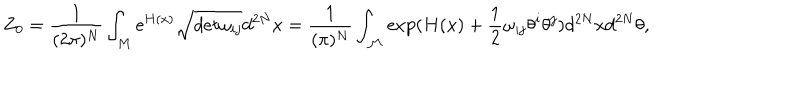
LaTeX: Z _ { 0 } = \frac 1 { ( 2 \pi ) ^ { N } } \int _ { M } \mathrm { e } ^ { H ( x ) } \sqrt { d e t \omega _ { i j } } d ^ { 2 N } x = \frac 1 { ( \pi ) ^ { N } } \int _ { { \cal M } } \exp ( { H ( x ) + \frac 1 2 \omega _ { i j } \theta ^ { i } \theta ^ { j } ) } d ^ { 2 N } x d ^ { 2 N } \theta ,